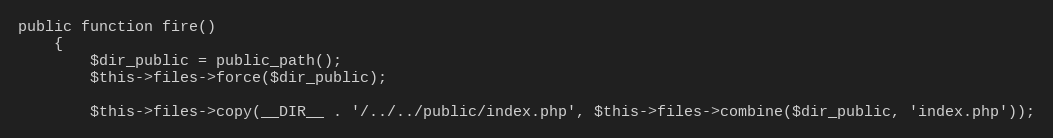
Language: PHP
public function fire()
    {
        $dir_public = public_path();
        $this->files->force($dir_public);

        $this->files->copy(__DIR__ . '/../../public/index.php', $this->files->combine($dir_public, 'index.php'));